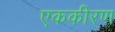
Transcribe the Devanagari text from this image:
एककीरण